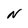
Character: N